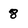
Character: 8